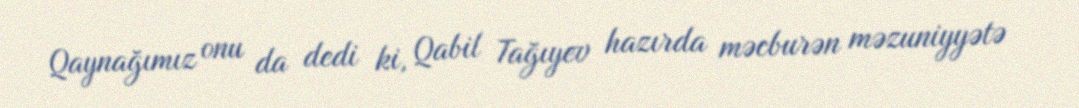
Qaynağımız onu da dedi ki, Qabil Tağıyev hazırda məcburən məzuniyyətə